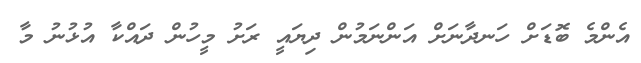
އެންމެ ބޮޑަށް ހަނދާނަށް އަންނަމުން ދިޔައީ ރަށު މީހުން ދައްކާ އުޅުނު މާ